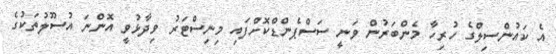
އެ ކައުންސިލްގެ ހުރިހާ މެންބަރުން ވަނީ ސަސްޕެންޑްކޮށްފައި މިނިސްޓަރު ވިދާޅުވީ އޮންނަ އުސޫލުތަކުގެ